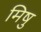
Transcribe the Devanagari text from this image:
मिषु